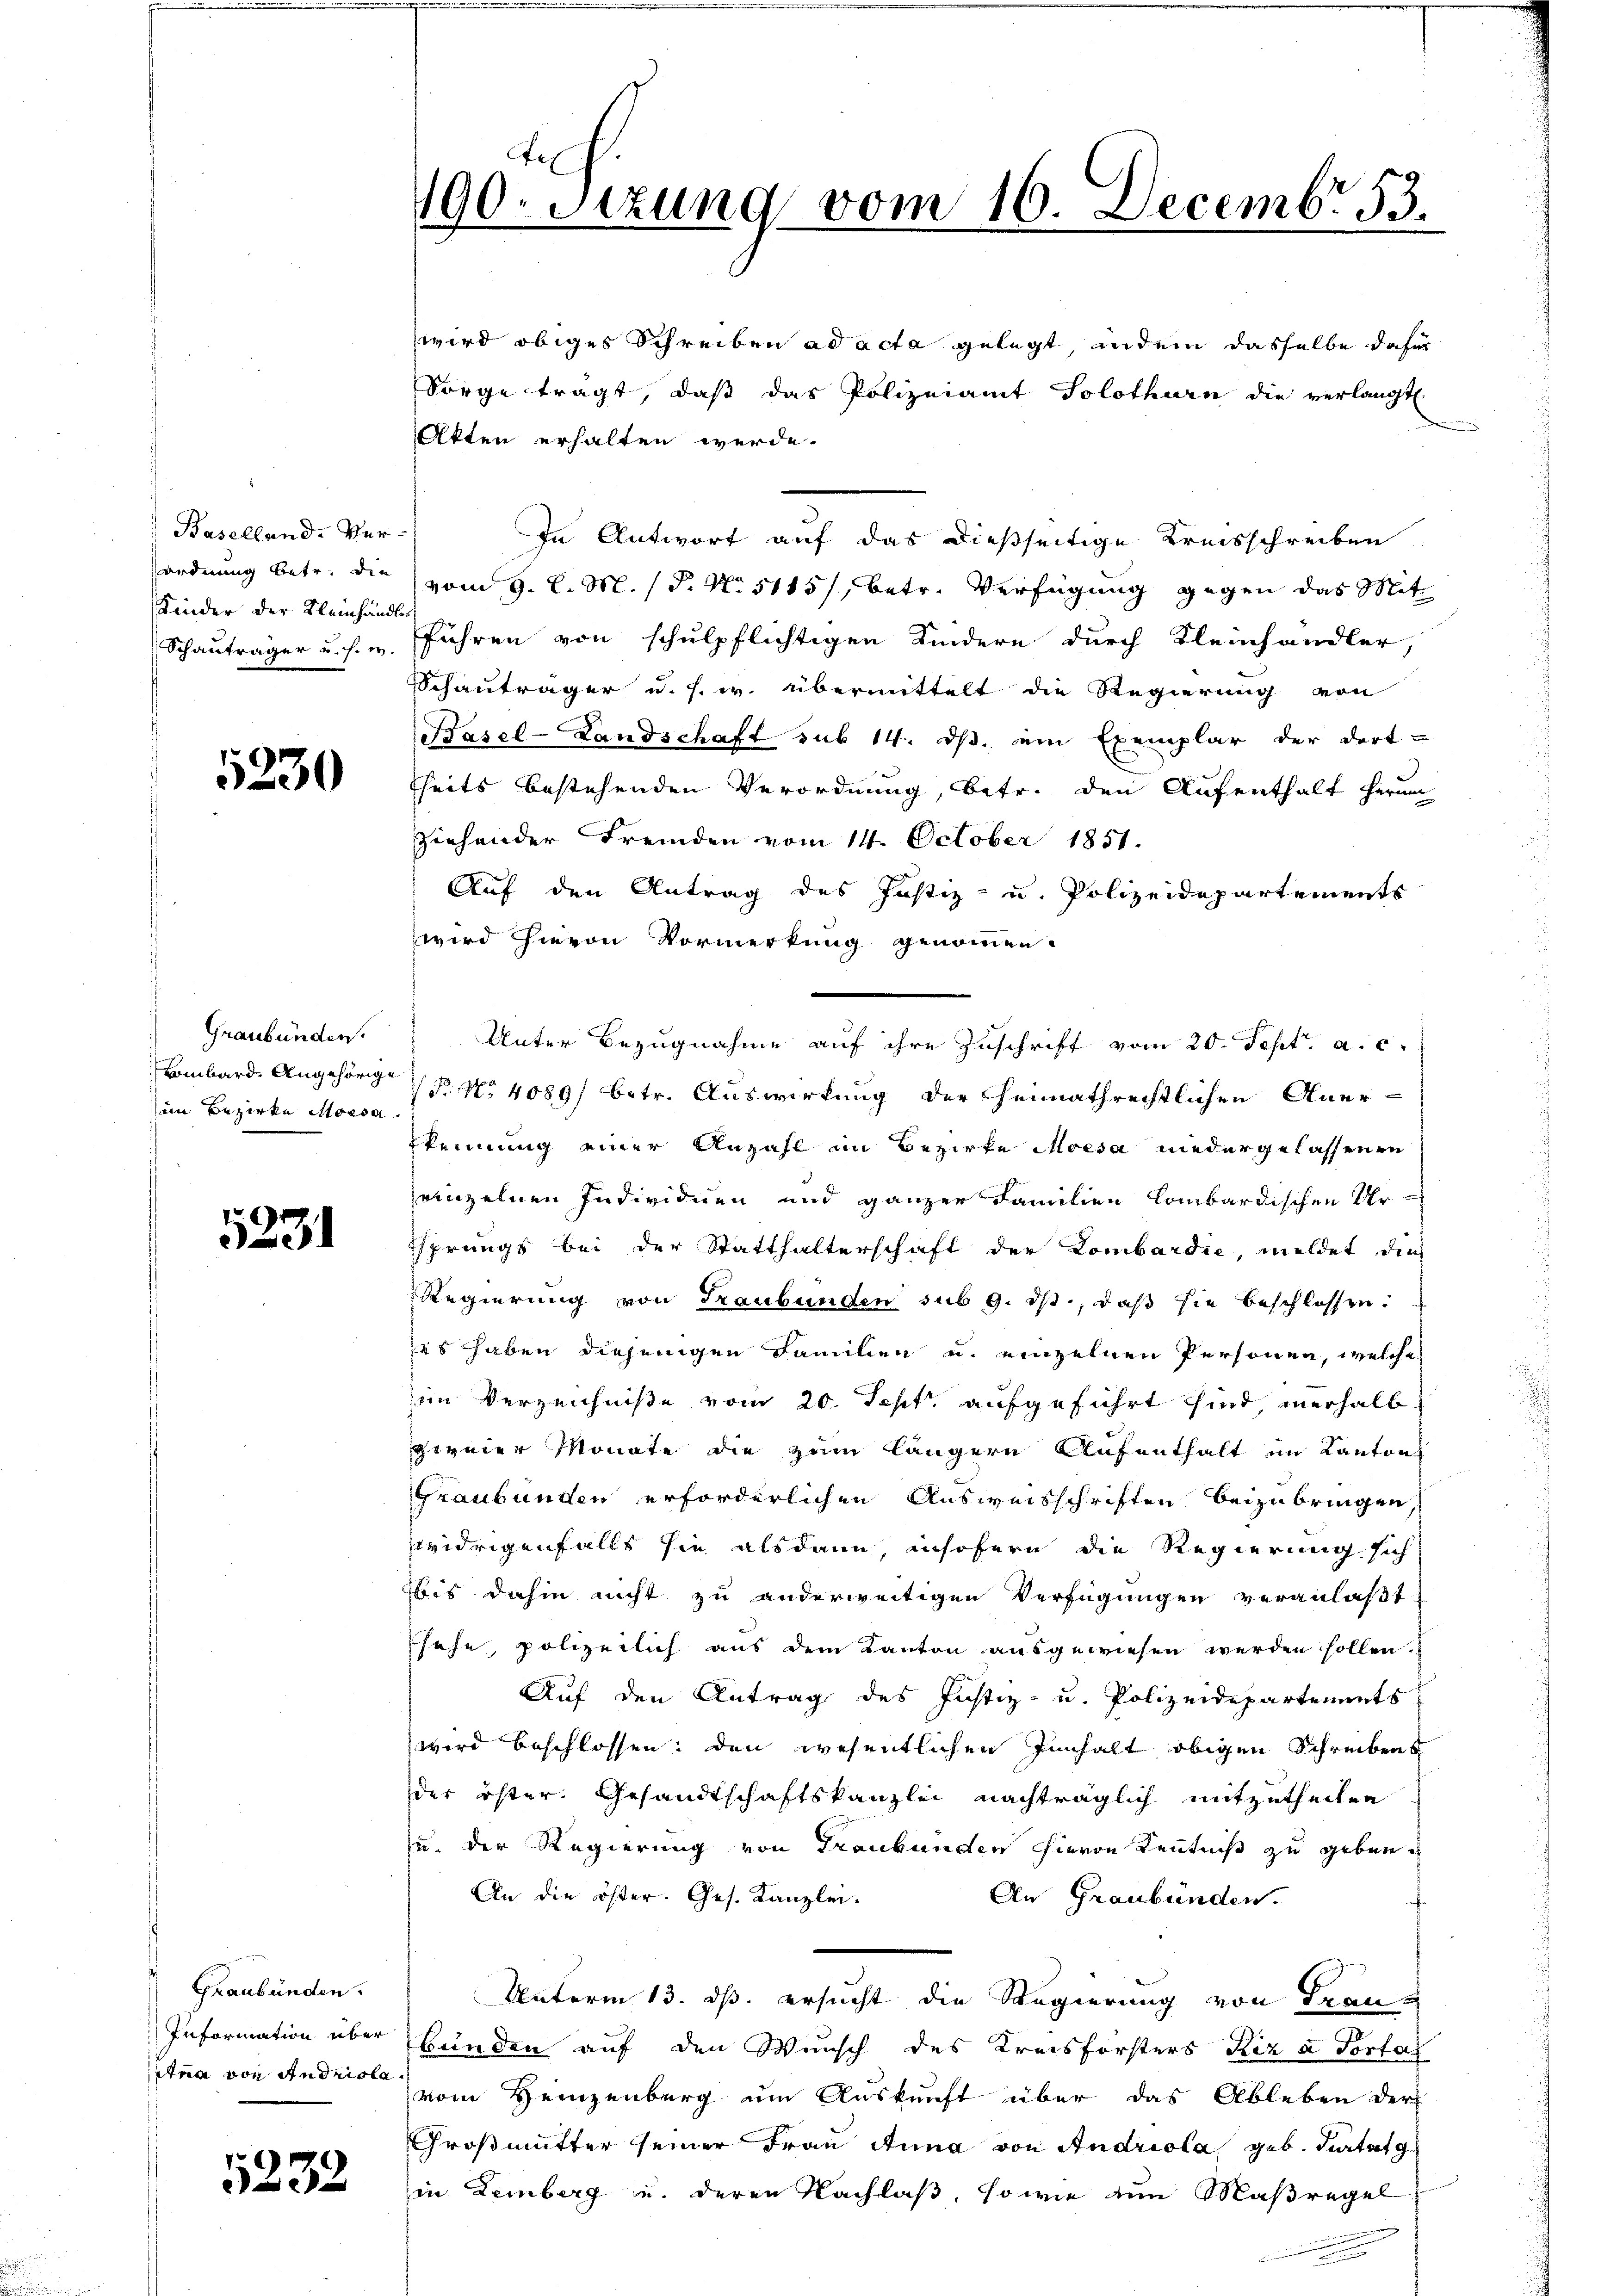
Baselland. Ver-
Kinder der Kleinhändles

5230

Graubünden.
im Bezirke Moesa.

5231

Graubünden.
etna von Andrisla

232

wird obiges Schreiben ad acta gelegt, indem dasselbe dahin
Sorge trägt, daß das Polizeiamt Solothurn die verlangt.
Atten erhalten werde.
In Antwort auf das dießseitige Kreisschreiben
ordnung betr. die vom 9. d. M. (T. No. 5115/, betr. Verfügung gegen das Mit
Schauträger u. s. u. führen von schulpflichtigen Kindere durch Kleinhändler
Schauträger u. s. w. übermittelt die Regierung von
Basel-Landschaft sub 14. ds. ein Exemplar der dortfheits bestehenden Verordnung, betr. den Aufenthalt herum
ziehender Fremden vom 14. October 1851.
Auf den Antrag des Justiz- u. Polizeidepartements
wird hievon Vormerkung genommen.
Bombarde Angehörige 18. No 4089/ betr. Auswirkung der Heimathrechtlichen Aner-
kennung einer Anzahl im Bezirke Moesa niedergelassenen
ainzelnen Individuen und ganzer Familien lombardischen Ur
sprungs bei der Statthalterschaft der Lombardie, meldet die
Regierung von Graubünden sub 9. ds, daß sie beschlossen:
zes haben diejenigen Familien u. einzelnen Personen, welche
im Verzeichniße vom 20. Sept aufgeführt sind, verhalb
zweier Monate die zum längere Aufenthalt im Kanton
Graubünden erforderlichen Ausweisschriften beizubringen,
widrigenfalls sie alsdann, insofern die Regierung sich
bis dahin nicht zu anderweitigen Verfügungen veranlaßt
sehe, polizeilich aus dem Kanton ausgewiesen werden sollen.
Auf den Antrag des Justiz- u. Polizeidepartements
wird beschlossen: den wesentlichen Innhalt obigen Schreibens
der öster Gesandtschaftskanzlei nachträglich mitzutheilen
zu der Regierung von Graubünden hievon Kenntniß zu geben.
An die öster. Ges. Kanzlei.
An Graubünden.
Unterm 13. ds. ersucht die Regierung von Frau¬
Information über Feinden auf den Wunsch des Kreisförsters Rez a Portas
vom Heinzenberg um Auskunft über das Ableben der
Großmutter seiner Frau Anna von Andriola geb. Turtatg
in Lemberg u. deren Nachlaß, sowie ein Maßregel

h
Tex
190. Sitzung vom 16. Decembr 53.

Unter Bezugnahme auf ihre Zuschrift vom 20. Sept. a. c.